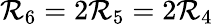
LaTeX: {\cal R}_{6}=2{\cal R}_{5}=2{\cal R}_{4}